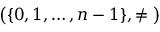
{ \big ( } \{ 0 , 1 , \dots , n - 1 \} , \neq { \big ) }